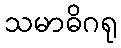
သမာဓိဂရု